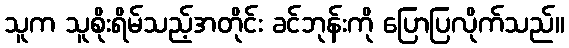
သူက သူစိုးရိမ်သည့်အတိုင်း ခင်ဘုန်းကို ပြောပြလိုက်သည်။